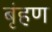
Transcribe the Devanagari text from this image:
बृंहण